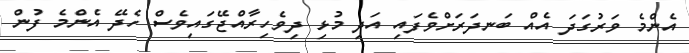
އެންމެ ވަރުގަދަ އެއް ބަނދަރަށްވެފައި އަދި މުޅި ދިވެހިރާއްޖޭގައިވެސް ހެދޭ އެންމެ ފުން